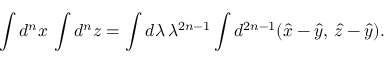
\int d ^ { n } x \, \int d ^ { n } z = \int d \lambda \, \lambda ^ { 2 n - 1 } \int d ^ { 2 n - 1 } ( \hat { x } - \hat { y } , \, \hat { z } - \hat { y } ) .